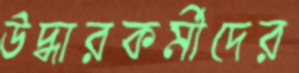
উদ্ধারকর্মীদের